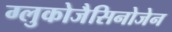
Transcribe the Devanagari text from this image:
ग्लुकोजैसिनोजेन